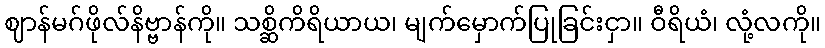
ဈာန်မဂ်ဖိုလ်နိဗ္ဗာန်ကို။ သစ္ဆိကိရိယာယ၊ မျက်မှောက်ပြုခြင်းငှာ။ ဝီရိယံ၊ လုံ့လကို။